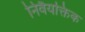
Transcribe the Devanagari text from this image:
निवैयक्तिक